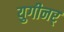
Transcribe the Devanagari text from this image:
युगीनर्